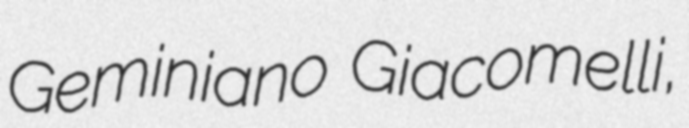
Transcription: Geminiano Giacomelli,